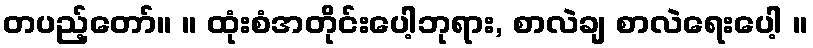
တပည့်တော်။ ။ ထုံးစံအတိုင်းပေါ့ဘုရား, စာလဲချ စာလဲရေးပေါ့ ။